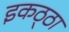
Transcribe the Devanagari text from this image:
इकठ्‍ठा